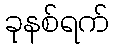
ခုနစ်ရက်